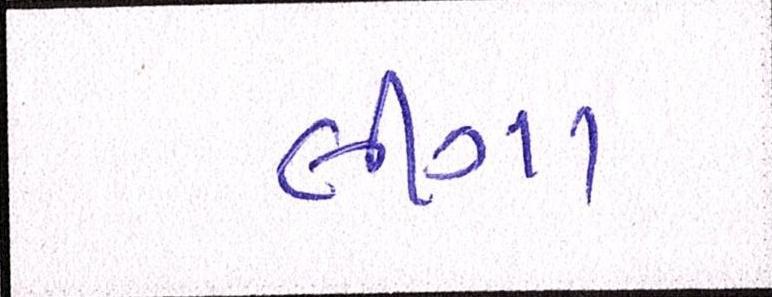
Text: લીગા